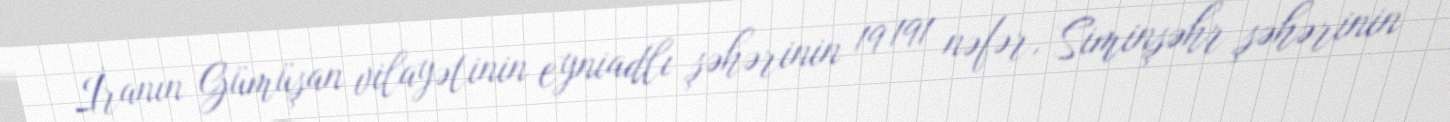
İranın Gümüşan vilayətinin eyniadlı şəhərinin 19 191 nəfər, Siminşəhr şəhərinin